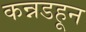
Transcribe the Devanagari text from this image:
कन्नडहून